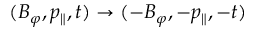
( B _ { \varphi } , p _ { \parallel } , t ) \to ( - B _ { \varphi } , - p _ { \parallel } , - t )